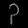
Digit: ၃